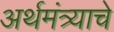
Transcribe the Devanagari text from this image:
अर्थमंत्र्याचे